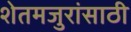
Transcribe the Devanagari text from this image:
शेतमजुरांसाठी